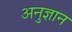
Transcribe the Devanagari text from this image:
अनुज्ञान